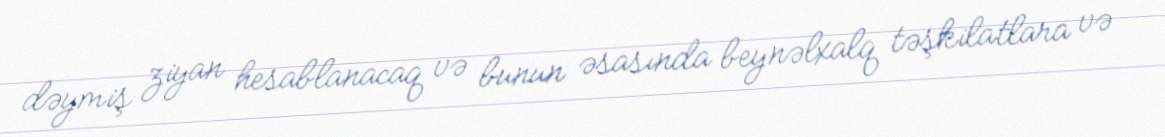
dəymiş ziyan hesablanacaq və bunun əsasında beynəlxalq təşkilatlara və